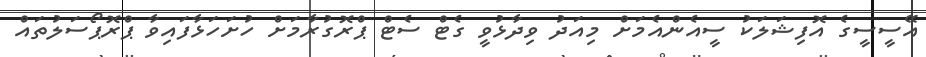
އޭސީސީގެ އޮފިޝަލަކު ސީއެންއެމަށް މިއަދު ވިދާޅުވީ ގެޓް ސެޓް ޕްރޮގުރާމަށް ހުށަހަޅާފައިވާ ޕްރޮޕޯސަލުތައް